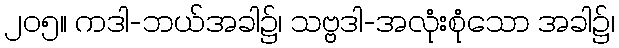
၂၀၅။ ကဒါ-ဘယ်အခါ၌၊ သဗ္ဗဒါ-အလုံးစုံသော အခါ၌၊